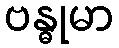
ဗန္ဓုမာ